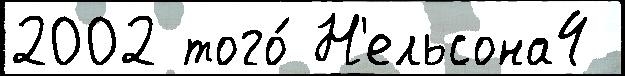
2002 того́ Н'ельсона4